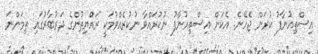
އިސްތިއުނާފު ކުރަން ޖެހޭނެ. އެކަން އިސްތިއުނާފު ނުކުރައްވާ ނުކުރެއްވުމަކީ ރައްޔިތުންގެ ދަރުބާރުގައި ތިމަންނަ